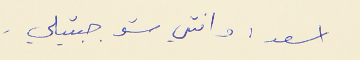
اسعد : وانتي شو جبتيلي .